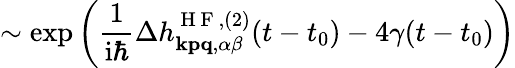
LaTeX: \sim\exp\left(\frac{1}{\mathrm{i}\hbar}\Delta h_{\mathbf{kpq},\alpha\beta}^{\mathrm{~H~F~},(2)}(t-t_{0})-4\gamma(t-t_{0})\right)